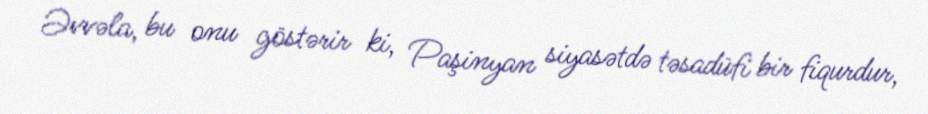
Əvvəla, bu onu göstərir ki, Paşinyan siyasətdə təsadüfi bir fiqurdur,